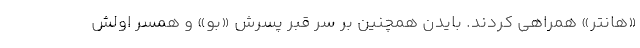
«هانتر» همراهی کردند. بایدن همچنین بر سر قبر پسرش «بو» و همسر اولش